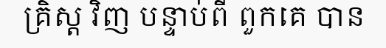
គ្រិស្ត វិញ បន្ទាប់ពី ពួកគេ បាន